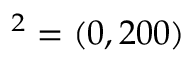
{ \v O } ^ { 2 } = ( 0 , 2 0 0 )